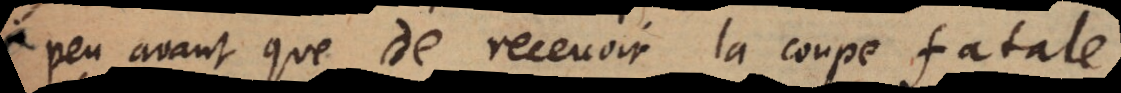
peu avant que de recevoir la coupe fatale.